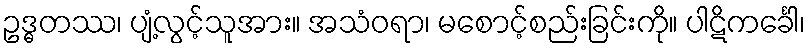
ဥဒ္ဓတဿ၊ ပျံ့လွင့်သူအား။ အသံဝရာ၊ မစောင့်စည်းခြင်းကို။ ပါဋိကင်္ခေါ၊